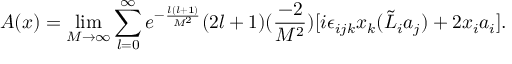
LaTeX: { \cal A } ( x ) = \operatorname * { l i m } _ { M \rightarrow \infty } \sum _ { l = 0 } ^ { \infty } e ^ { - \frac { l ( l + 1 ) } { M ^ { 2 } } } ( 2 l + 1 ) ( \frac { - 2 } { M ^ { 2 } } ) [ i \epsilon _ { i j k } x _ { k } ( \tilde { \cal L } _ { i } a _ { j } ) + 2 x _ { i } a _ { i } ] .